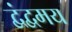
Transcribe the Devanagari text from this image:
द्वंद्वमय